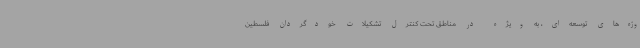
وژه‌های توسعه‌ای، به ویژه در مناطق تحت کنترل تشکیلات خودگردان فلسطین